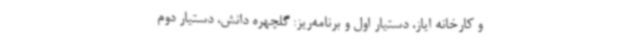
و کارخانه ایاز، دستیار اول و برنامه‌ریز: گلچهره دانش، دستیار دوم